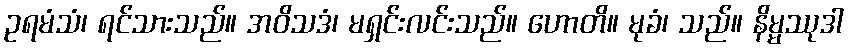
ဥရမံသံ၊ ရင်သားသည်။ အဝိသဒံ၊ မရှင်းလင်းသည်။ ဟောတိ။ မုခံ၊ သည်။ နိမ္မဿုဒါ